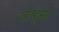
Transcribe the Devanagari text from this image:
जलशून्य